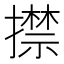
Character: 㩒